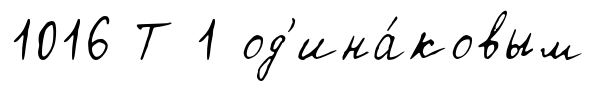
1016 Т 1 од'ина́ковым